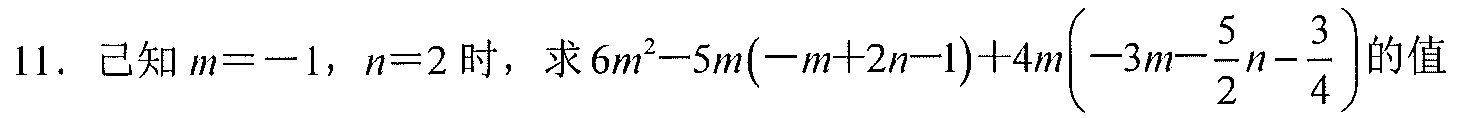
11. 已知\(m = - 1\)，\(n = 2\)时，求\(6m^{2}-5m(-m + 2n - 1)+4m\left(-3m-\frac{5}{2}n-\frac{3}{4}\right)\)的值